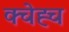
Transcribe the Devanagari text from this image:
क्चेह्च